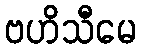
ဗဟိသီမေ